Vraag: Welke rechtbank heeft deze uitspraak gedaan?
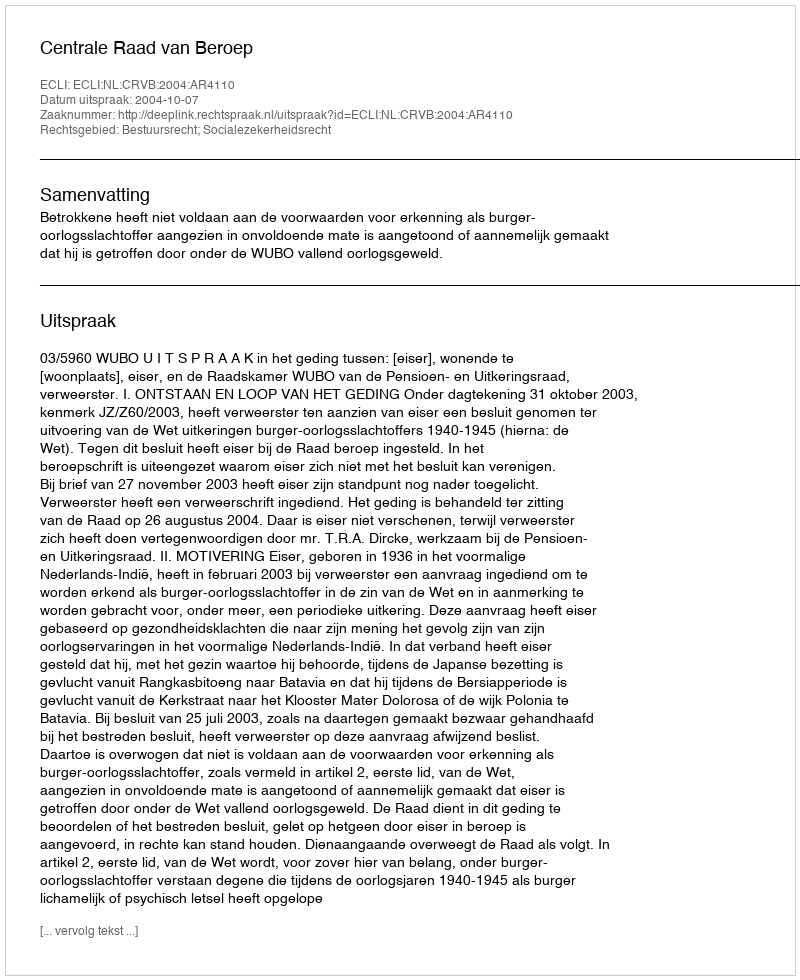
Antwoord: Centrale Raad van Beroep